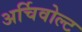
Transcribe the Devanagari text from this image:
अर्चिवोल्ट